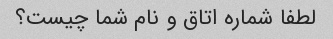
لطفا شماره اتاق و نام شما چیست؟